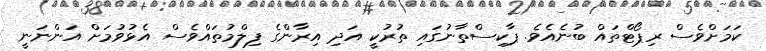
ކަމަށްވެސް ރިޕޯޓްތައް ބުނެއެވެ. ޕާކިސްތާނުގައި ތުރުކީ އަދި އިރާންގެ ފިލްމުތައްވެސް އެޅުވުމަށް އަންނަނީ